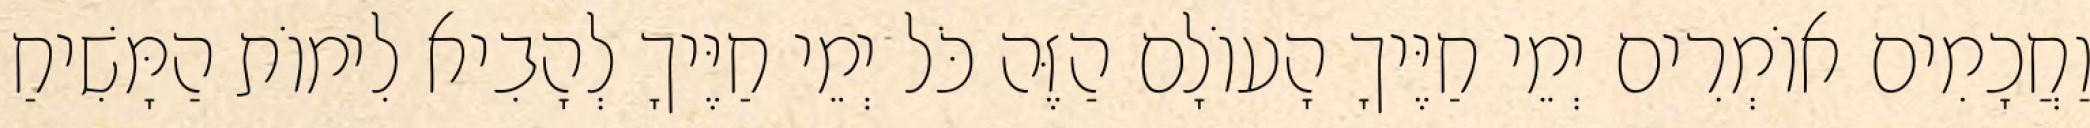
וַחֲכָמִים אוֹמְרִים יְמֵי חַיֶּיךָ הָעוֹלָם הַזֶּה כֹּל יְמֵי חַיֶּיךָ לְהָבִיא לִימוֹת הַמָּשִׁיחַ